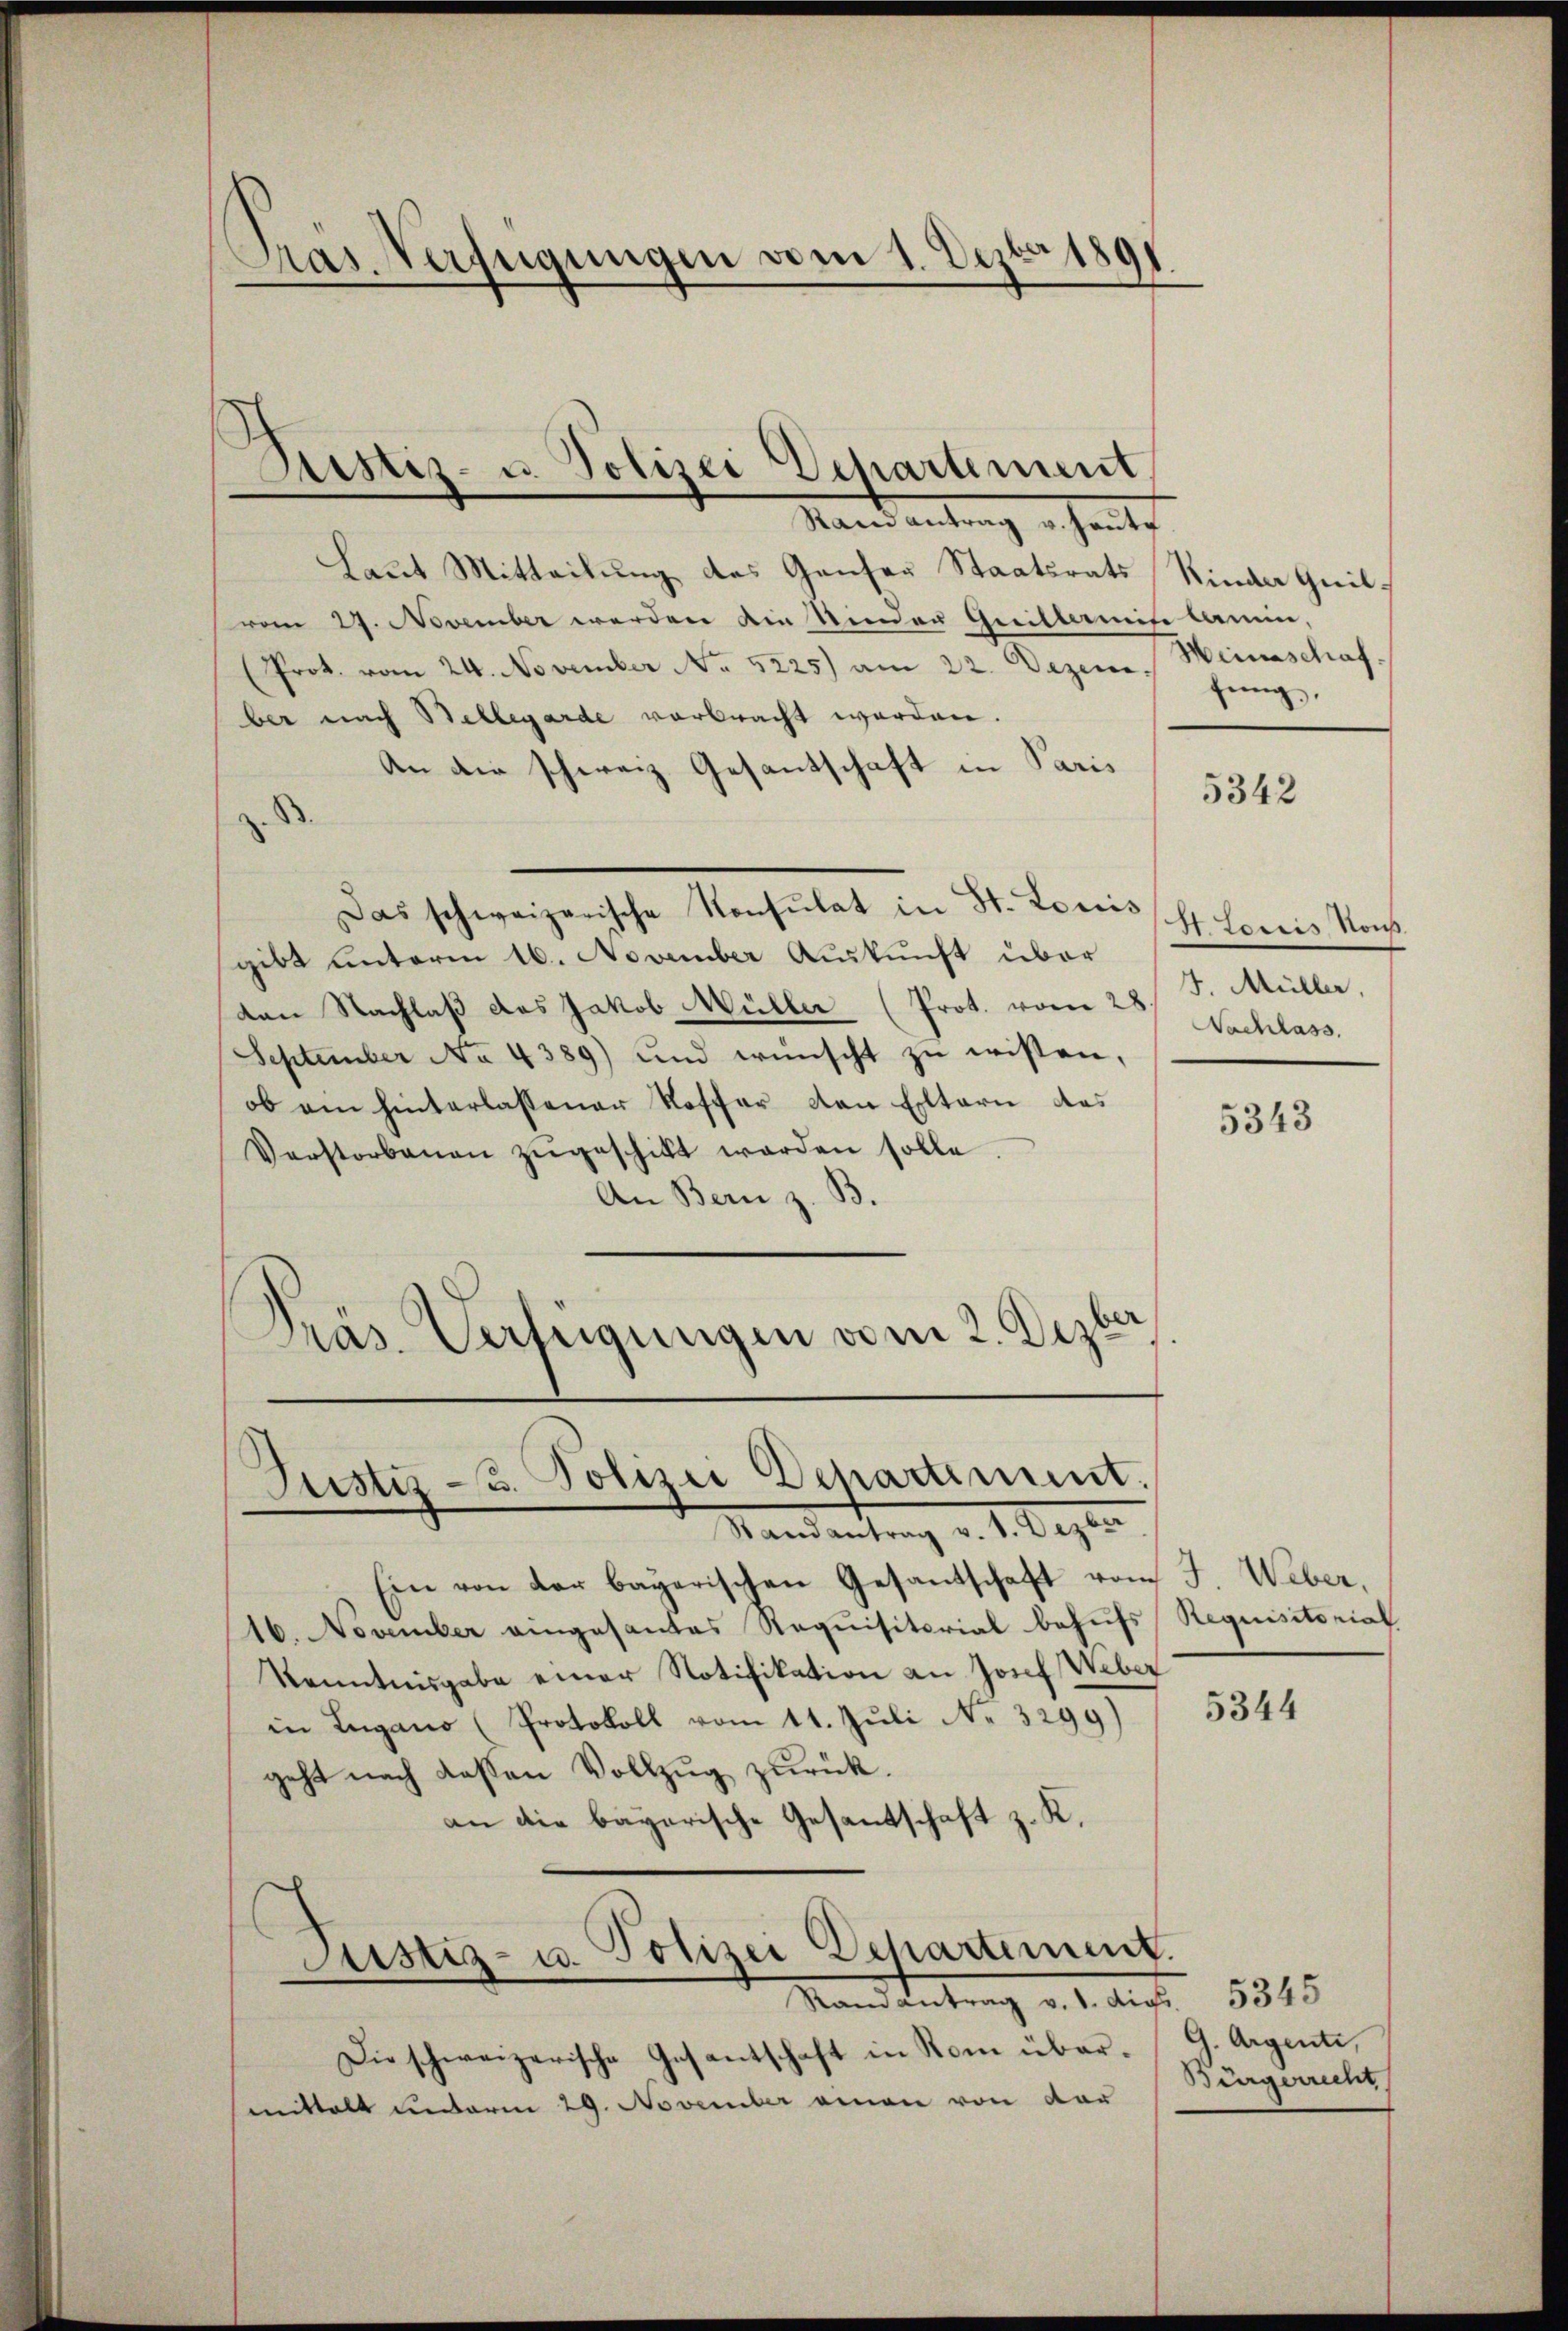
Pras. Verfügungen vom 1. Dezbr 1891

Ristiz- u. Polizei-Vepartement
Rand antrag v. Haute

Laut Mitteilung des Ganzer Staatsrats Kinder Quilvom 24. November werden die Nieder Grittermise lamen,
(Prot. vom 24. November No. 5225) am 22. Dezeme. Jŭng.
ber nach Bellegarde verbracht werden.
An die schweiz. Gesantschaft in Paris
d
Das schweizerische Konsulat in St. Louis
gibt unterm 16. November Auskunft über
dan Nachlaß das Jakob Müller (Prot. vom 28.
September No. 4389) und wünscht zŭ wissen,
ob am hinterlassener Koffer den Eltern das
Verstorbenen zŭgeschickt worden solle.
An Bern z. B.
.
Präs. Verfügungen vom 2. Dezber

Justiz u. Polizei Departiment.
Randantrag v. 1. Dezber

Ein von der bayerischen Gesantschaft vom J. Weber,
16. November eingesandes Requisitorial behufs
Kenntnisgabe einer Notifikation an Josef Weber
in Lugano (Protokoll vom 11. Juli No 3299)
geht nach deßen Vollzug zurück.
an die bayerische Gesantschaft z. K.
Justiz- u. Polizei Departement.
Mandantrag d. 1. Auf 1545
Die schweizerische Gesantschaft in Rom über- G. Argenti,
mittelt unterm 29. November einen von der

Heinschaf

5342

St. Loriis, Rous
4. Müller,
Nachlass.

5343

Requisitorial

5344

Bürgerrecht